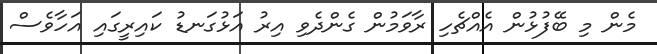
މެން މި ބޭފުޅުން އެއްޗެހި ރާވަމުން ގެންދެވި އިރު އަޅުގަނޑު ކައިރީގައި އަހާވެސް